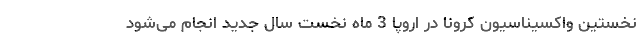
نخستین واکسیناسیون کرونا در اروپا 3 ماه نخست سال جدید انجام می‌شود